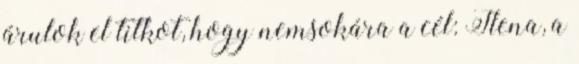
árulok el titkot, hogy nemsokára a cél: Ilena, a